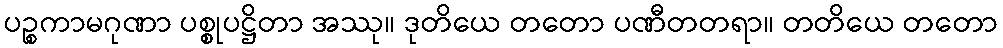
ပဉ္စကာမဂုဏာ ပစ္စုပဋ္ဌိတာ အဿု။ ဒုတိယေ တတော ပဏီတတရာ။ တတိယေ တတော